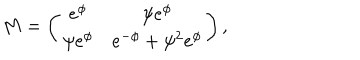
M = \left( \begin{array} { c c } { { e ^ { \phi } } } & { { \psi e ^ { \phi } } } \\ { { \psi e ^ { \phi } } } & { { e ^ { - \phi } + \psi ^ { 2 } e ^ { \phi } } } \\ \end{array} \right) ,